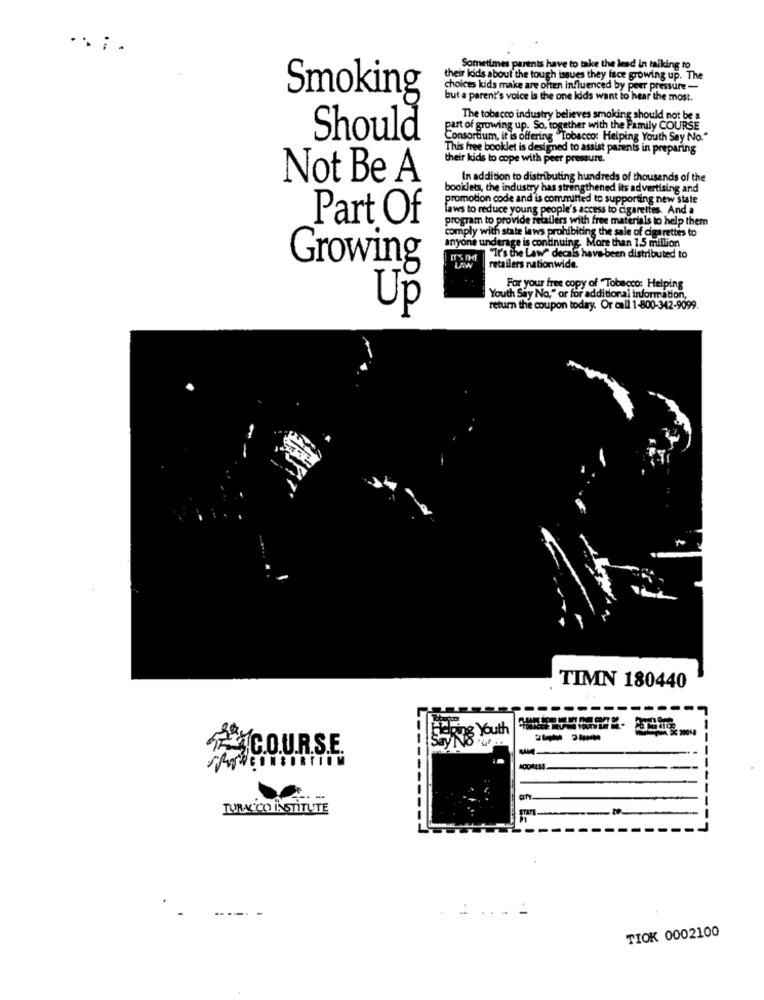
....
Sometimes parnis have to take the lead In talking to
their kids about the tough issues they face growing up. The
choices kids make are often influenced by peer pressure -
Smoking
but a parent's voice is the one Idds want to hear the most.
The tobacco industry believes smoking should not be a
part of growing up. So, together with the Family COURSE
Should
Consortium, it is offering "Tobacco: Helping Youth Say No."
This free booklet is designed to assist parents in preparing
their kids to cope with peer pressure.
Not Be A
In addition to distributing hundreds of thousands of the
booklets, the industry has strengthened its advertising and
promotion code and is committed to supporting new state
laws to reduce young people's access to cigarettes. And a
Part Of
program to provide retailers with free materials to help them
comply with state laws prohibiting the sale of cigarettes to
anyone underage is continuing. More than 1.5 million
"It's the Law" decals have been distributed to
Growing
LAW
retailers nationwide.
For your free copy of Tobacco: Helping
Youth Say No," or for additional information,
Up
return the coupon today. Or call 1-800-342-9099.
TIMN 180440
---------
Hang Youth
T.C.O.U.R.S.E.
-
TURK'CO INSTITUTE
STATI
TIOK 0002100